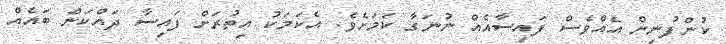
ކުންފުނިން އެއްވެސް ފައިސާއެއް ނުނަގާ ކަމަށެވެ. އެކަމަކު އިތުރަށް ފައިސާ ދައްކަން ބައެއް